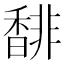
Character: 馡